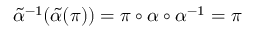
\tilde { \alpha } { } ^ { - 1 } ( \tilde { \alpha } ( \pi ) ) = \pi \circ \alpha \circ \alpha ^ { - 1 } = \pi